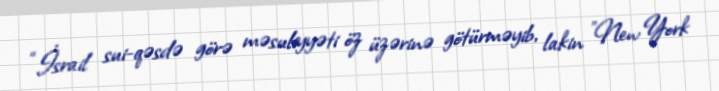
“İsrail sui-qəsdə görə məsuliyyəti öz üzərinə götürməyib, lakin ”New York